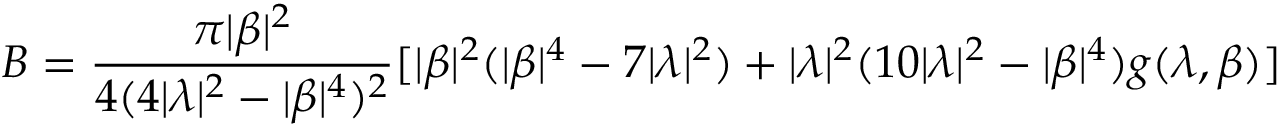
B = \frac { \pi | \beta | ^ { 2 } } { 4 ( 4 | \lambda | ^ { 2 } - | \beta | ^ { 4 } ) ^ { 2 } } [ | \beta | ^ { 2 } ( | \beta | ^ { 4 } - 7 | \lambda | ^ { 2 } ) + | \lambda | ^ { 2 } ( 1 0 | \lambda | ^ { 2 } - | \beta | ^ { 4 } ) g ( \lambda , \beta ) ]